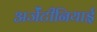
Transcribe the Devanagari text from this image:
अर्जेंटीनियाई